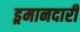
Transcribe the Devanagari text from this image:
इ्रमानदारी